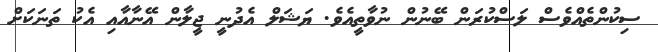
ސިކުންތެއްވެސް ލަސްކުރަން ބޭނުން ނުވާތީއެވެ. ޔަޝަލް އެދުނީ ޖީލާން އޭނާއާއި އެކު ތަނަކަށް